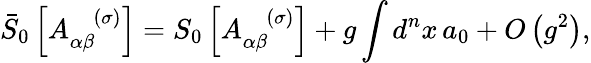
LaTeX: \bar{S}_{0}\left[A_{\alpha\beta}^{\; \; \; (\sigma)}\right]=S_{0}\left[A_{\alpha\beta}^{\; \; \; (\sigma)}\right]+g\int d^{n}x\, a_{0}+O\left(g^{2}\right),